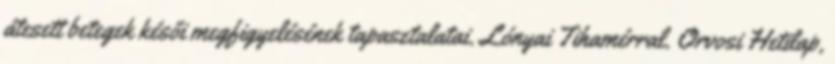
átesett betegek késői megfigyelésének tapasztalatai. Lónyai Tihamérral. Orvosi Hetilap,